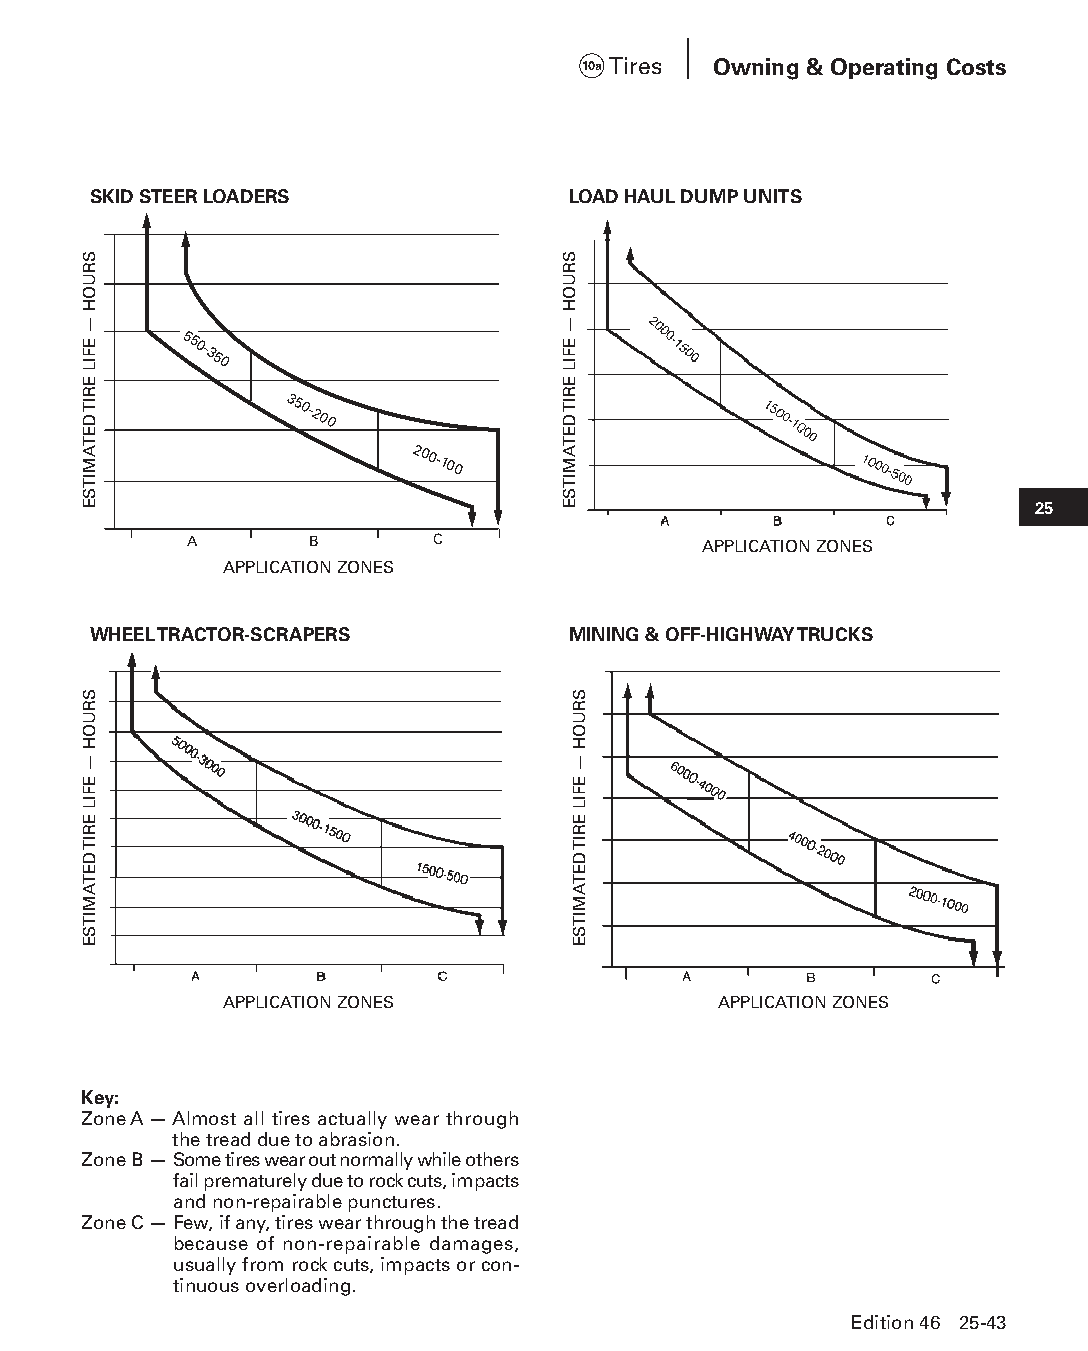
10a Tires Owning & Operating Costs
 SKID STEER LOADERS              LOAD HAUL DUMP UNITS
 550-350
 350-200
 200-100
 25
 A       B       C                 APPLICATION ZONES
 APPLICATION ZONES
 WHEEL TRACTOR-SCRAPERS          MINING & OFF-HIGHWAY TRUCKS
 APPLICATION ZONES                APPLICATION ZONES
 Key:
 Zone A — A lmost all tires actually wear through
 the tread due to abrasion.
 Zone B — S ome tires wear out normally while others
 fail prematurely due to rock cuts, impacts
 and non-repairable punctures.
 Zone C — F ew, if any, tires wear through the tread
 because of non-repairable damages,
 usually from rock cuts, impacts or con-
 tinuous overloading.
 Edition 46 25-43
 PPHHBB--SSeecc2255--1166..iinndddd 4433                        1122//44//1155 1111::1166 AAMM
 SRUOH
 —
 EFIL
 ERIT
 DETAMITSE
 SRUOH
 —
 EFIL
 ERIT
 DETAMITSE
 SRUOH
 —
 EFIL
 ERIT
 DETAMITSE
 SRUOH
 —
 EFIL
 ERIT
 DETAMITSE